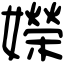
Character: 嬫